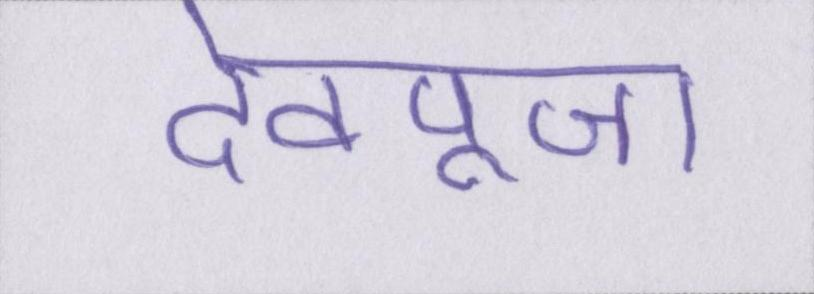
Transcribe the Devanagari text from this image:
देवपूजा